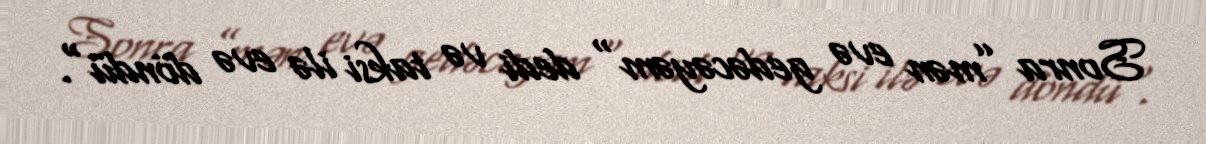
Sonra ”mən evə gedəcəyəm" dedi və taksi ilə evə döndü".